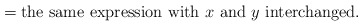
\begin{align*}=\mbox{the same expression with $x$ and $y$ interchanged.}\end{align*}